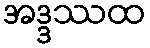
အဒ္ဒဿထ